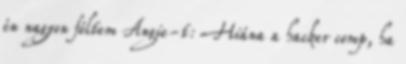
én nagyon féltem Angie-t: Hiána a hacker comp, ha